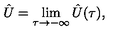
\hat { U } = \lim _ { \tau \to - \infty } \hat { U } ( \tau ) ,